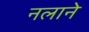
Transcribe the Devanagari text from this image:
नलाने